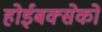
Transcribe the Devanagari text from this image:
होईबक्सेको